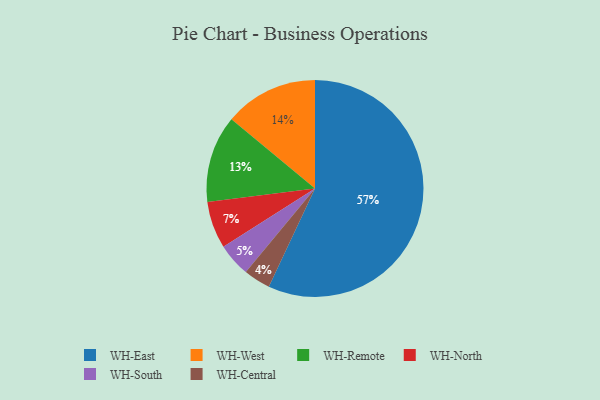
{"axis": {"x": "Category", "y": "Percentage"}, "legend": ["WH-Central", "WH-East", "WH-North", "WH-Remote", "WH-South", "WH-West"], "data": [{"x": "WH-North", "y": 7, "type": "WH-North"}, {"x": "WH-West", "y": 14, "type": "WH-West"}, {"x": "WH-Remote", "y": 13, "type": "WH-Remote"}, {"x": "WH-East", "y": 57, "type": "WH-East"}, {"x": "WH-Central", "y": 4, "type": "WH-Central"}, {"x": "WH-South", "y": 5, "type": "WH-South"}]}